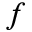
f